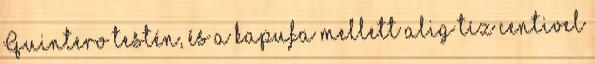
Quintero testén, és a kapufa mellett alig tíz centivel